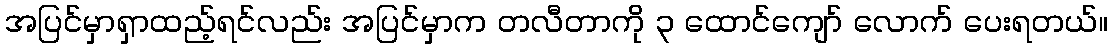
အပြင်မှာရှာထည့်ရင်လည်း အပြင်မှာက တလီတာကို ၃ ထောင်ကျော် လောက် ပေးရတယ်။